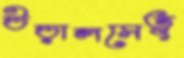
উড়ালসেতু